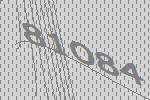
81084